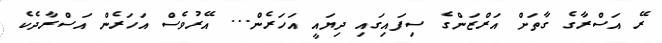
ރޭ އަސްރާގެ ގާތަށް އަރްޒަންގެ ސިފައިގައި ދިޔައީ އަހަރެން... އޭރުވެސް އަހަރެން އަސްރާދެކެ